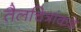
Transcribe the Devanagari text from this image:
तैलचित्रांकडे